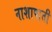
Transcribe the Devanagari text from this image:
नाशापाती